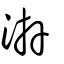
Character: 泋